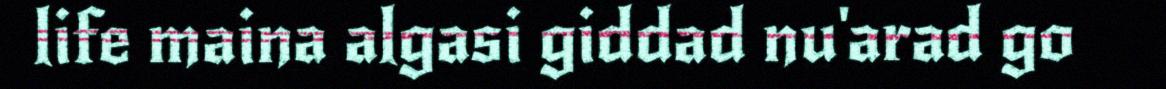
life maina algasi giddad nu'arad go